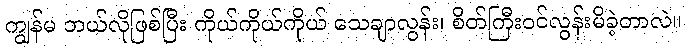
ကျွန်မ ဘယ်လိုဖြစ်ပြီး ကိုယ်ကိုယ်ကိုယ် သေချာလွန်း၊ စိတ်ကြီးဝင်လွန်းမိခဲ့တာလဲ။